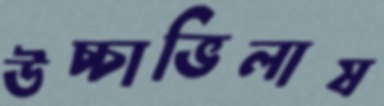
উচ্চাভিলাষ